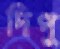
দিপু